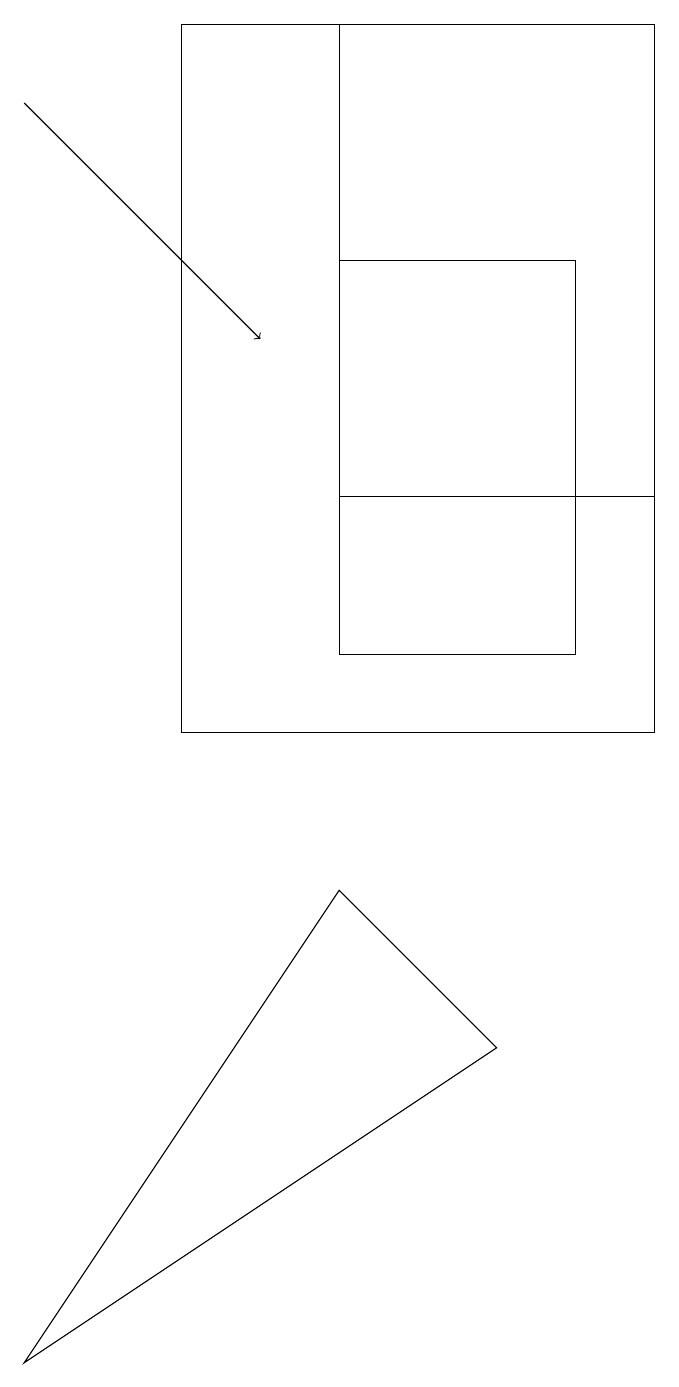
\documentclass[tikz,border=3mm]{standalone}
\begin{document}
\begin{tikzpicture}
\draw (8,16) rectangle (5,11);
\draw (9,19) rectangle (3,10);
\draw (5,13) rectangle (9,19);
\draw (7,6) -- (1,2) -- (5,8) -- cycle;
\draw[->] (1,18) -- (4,15);
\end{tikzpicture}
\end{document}